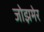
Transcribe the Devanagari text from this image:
जोझमेर